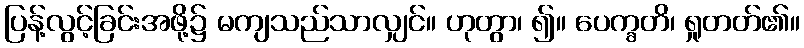
ပြန့်လွင့်ခြင်းအဖို့၌ မကျသည်သာလျှင်။ ဟုတွာ၊ ၍။ ပေက္ခတိ၊ ရှုတတ်၏။